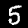
Digit: 5